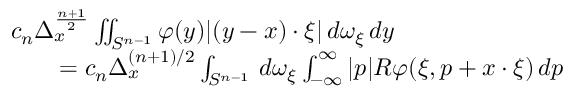
{ \begin{array} { r l } & { c _ { n } \Delta _ { x } ^ { \frac { n + 1 } { 2 } } \iint _ { S ^ { n - 1 } } \varphi ( y ) | ( y - x ) \cdot \xi | \, d \omega _ { \xi } \, d y } \\ & { \qquad = c _ { n } \Delta _ { x } ^ { ( n + 1 ) / 2 } \int _ { S ^ { n - 1 } } \, d \omega _ { \xi } \int _ { - \infty } ^ { \infty } | p | R \varphi ( \xi , p + x \cdot \xi ) \, d p } \end{array} }